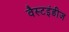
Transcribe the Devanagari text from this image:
वैस्टइंडीज